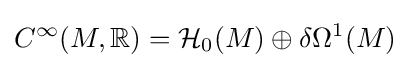
C^{\infty }(M,\mathbb {R} )={\mathcal {H}}_{0}(M)\oplus \delta \Omega ^{1}(M)